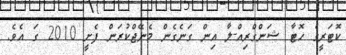
ކޮޓަރީގެ ހޮޓާ ޝަންގްރިއް-ލާ އިން ގަނެގެން މެނޭޖްކުރަން ފެށީ 2010 ގަ އެވެ.